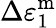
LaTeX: \Delta\varepsilon_{1}^{\mathrm{{m}}}